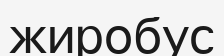
жиробус